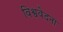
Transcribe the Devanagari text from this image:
विश्ववेदना